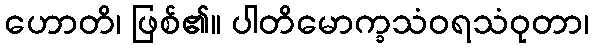
ဟောတိ၊ ဖြစ်၏။ ပါတိမောက္ခသံဝရသံဝုတာ၊